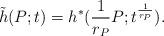
LaTeX: \begin{align*}\tilde{h}(P;t) = h^*(\frac{1}{r_P}P; t^{\frac{1}{r_P}}).\end{align*}